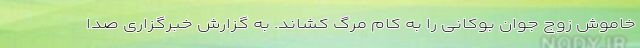
خاموش زوج جوان بوکانی را به کام مرگ کشاند. به گزارش خبرگزاری صدا